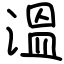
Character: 溫